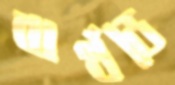
বার্থডে